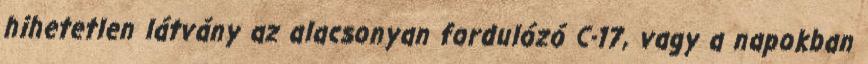
hihetetlen látvány az alacsonyan fordulózó C-17, vagy a napokban